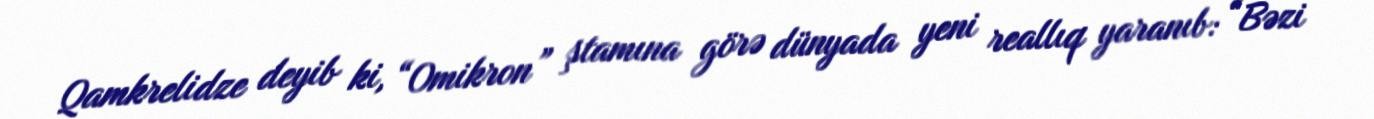
Qamkrelidze deyib ki, “Omikron” ştamına görə dünyada yeni reallıq yaranıb: “Bəzi